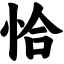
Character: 恰